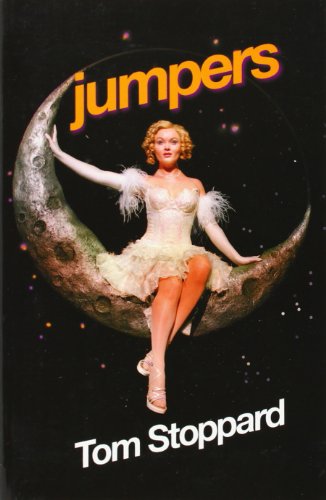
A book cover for Jumpers; Tom Stoppard; Humor & Entertainment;